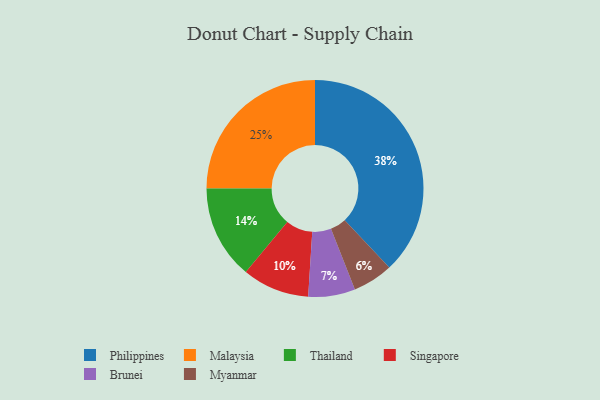
{"axis": {"x": "Category", "y": "Percentage"}, "legend": ["Brunei", "Malaysia", "Myanmar", "Philippines", "Singapore", "Thailand"], "data": [{"x": "Malaysia", "y": 25, "type": "Malaysia"}, {"x": "Myanmar", "y": 6, "type": "Myanmar"}, {"x": "Philippines", "y": 38, "type": "Philippines"}, {"x": "Thailand", "y": 14, "type": "Thailand"}, {"x": "Singapore", "y": 10, "type": "Singapore"}, {"x": "Brunei", "y": 7, "type": "Brunei"}]}